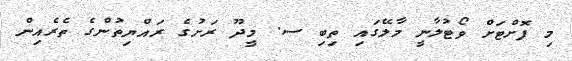
މި ފޮށްޓަށް ވޯޓުލާނީ މާލޭގައި ތިބި ސ. މީދޫ ރަށުގެ ރައްޔިތުންގެ ތެރެއިން